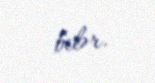
bilər.